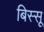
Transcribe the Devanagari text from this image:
बिस्सू